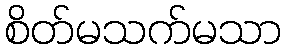
စိတ်မသက်မသာ